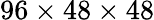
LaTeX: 96\times 48\times 48